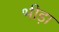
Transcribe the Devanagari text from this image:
भीड़ा